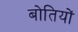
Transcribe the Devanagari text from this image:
बोतियों